Report of the Municipal Commissioner on the plague in Bombay for the year ending 31st May... - Volume 3
Disease focus: Plague
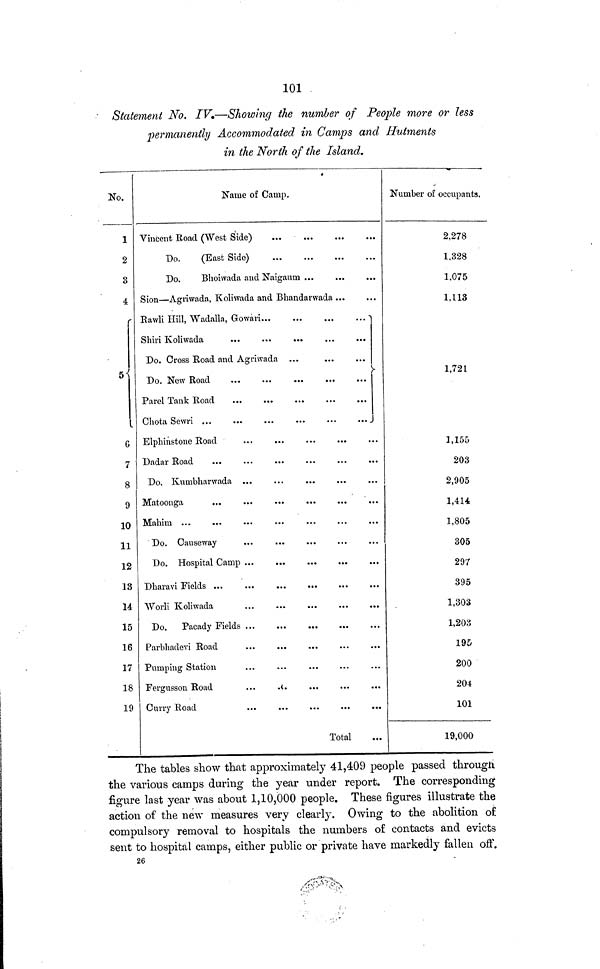
101
Statement No. IV,—Showing the number of Peojyle more or less
permanently Accommodated in Camps and Hutments
in the North of the Island.
No.
1
2
3
4
r
G
7
8
9
10
11
12
13
14
15
16
17
18
19
Name of Cauip.
Vincent Road (West Side)
Do.
(East Side)
Do,
Bhoiwada and Naigaum ...
Sion—Agriwada, Koliwada and Bhandarwada ...
Eawli Hill, Wadalla, Gowaii
-j
Do. Cross Road and Agriwada
Do. New Road
...
Parel Tank Road
Chota Sewri ...
...
...
...
...
...J
Elphinstone Road
Dadar Road
Do, Kumbharwada ...
Matoonga
Mahim ...
Do. Hospital Camp ...
...
Worli Koliwada
...
...
Do, Pacady Fields
Parbhadevi Road
Pumping Station
Fergusson Road
Curry Road
Total
Number of occupants.
2,278
1,328
1,075
1,113
1,721
1,155
203
2,905
1,414
1,805
305
297
395
1,303
1,203
195
200
204
101
19,000
The tables show that approximately 41,409 people passed through
the various camps during the year under report. The corresponding
figure last year was about 1,10,000 people. These figures illustrate the
action of the new measures very clearly. Owing to the abolition of
compulsory removal to hospitals the numbers of contacts and evicts
sent to hospital camps, either public or private have markedly fallen oft\
26